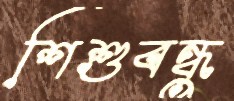
শিশুবন্ধু